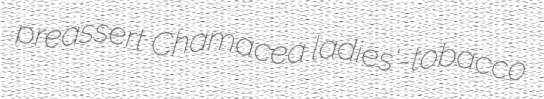
preassert Chamacea ladies'-tobacco